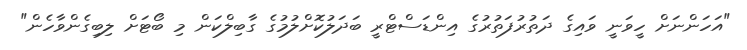
"އަހަންނަށް ހީވަނީ ވައިގެ ދަތުރުފަތުރުގެ އިންޑަސްޓްރީ ބަދަލުކޮށްލުމުގެ ގާބިލްކަން މި ބޯޓަށް ލިބިގެންވާހެން"